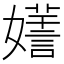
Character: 𡣌